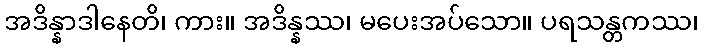
အဒိန္နာဒါနေတိ၊ ကား။ အဒိန္နဿ၊ မပေးအပ်သော။ ပရသန္တကဿ၊